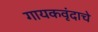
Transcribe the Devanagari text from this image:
गायकवृंदाचे